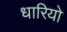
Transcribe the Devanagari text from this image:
धारियो